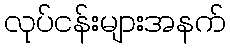
လုပ်ငန်းများအနက်